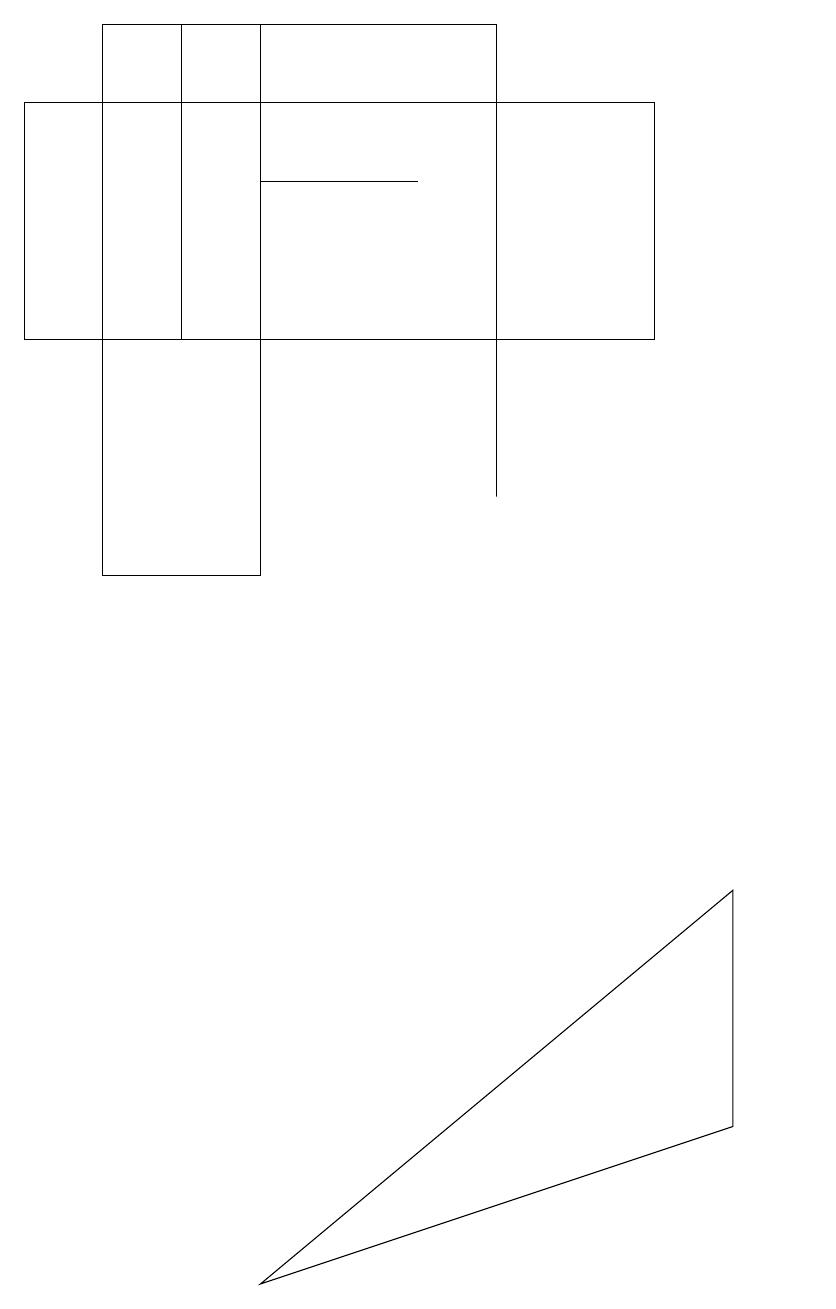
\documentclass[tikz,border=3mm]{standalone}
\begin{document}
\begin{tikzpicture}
\draw (3,16) rectangle (5,16);
\draw (6,14) rectangle (2,18);
\draw (3,2) -- (9,7) -- (9,4) -- cycle;
\draw (0,17) rectangle (8,14);
\draw (6,12) rectangle (6,16);
\draw (10,11) circle (0);
\draw (1,11) rectangle (3,18);
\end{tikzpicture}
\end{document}